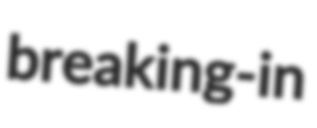
breaking-in